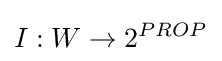
I:W\rightarrow 2^{PROP}